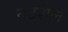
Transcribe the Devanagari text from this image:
नटशेल